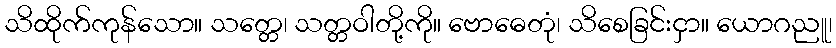
သိထိုက်ကုန်သော။ သတ္တေ၊ သတ္တဝါတို့ကို။ ဗောဓေတုံ၊ သိစေခြင်းငှာ။ ယောဂညူ၊